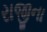
રાજીના